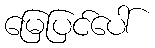
မြေပြင်ပေါ်